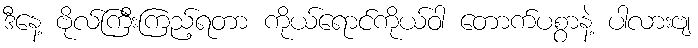
ဒီနေ့ ဗိုလ်ကြီးကြည့်ရတာ ကိုယ်ရောင်ကိုယ်ဝါ တောက်ပစွာနဲ့ ပါလားဗျ